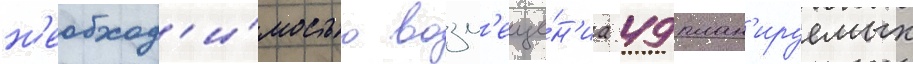
н'еобход'и́мостью возм'еще́н'иа 49 план'ируемых